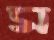
ম